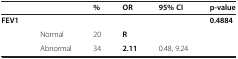
<table><thead><tr><td colspan="2">[EMPTY_CELL]</td><td><b>%</b></td><td><b>OR</b></td><td><b>95% CI</b></td><td><b>p-value</b></td></tr></thead><tbody><tr><td><b>FEV1</b></td><td>[EMPTY_CELL]</td><td>[EMPTY_CELL]</td><td>[EMPTY_CELL]</td><td>[EMPTY_CELL]</td><td><b>0.4884</b></td></tr><tr><td rowspan="2">[EMPTY_CELL]</td><td>Normal</td><td>20</td><td><b>R</b></td><td>[EMPTY_CELL]</td><td rowspan="2">[EMPTY_CELL]</td></tr><tr><td>Abnormal</td><td>34</td><td><b>2.11</b></td><td>0.48, 9.24</td></tr></tbody></table>